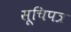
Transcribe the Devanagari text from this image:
सूचिपत्र